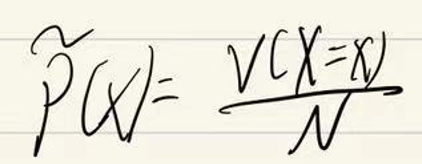
$P(x)=\frac{V(X=x)}{N}$